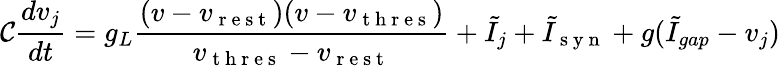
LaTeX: \mathcal{C}\frac{{dv_{j}}}{{dt}}=g_{L}\frac{{(v-v_{\mathrm{{~r~e~s~t~}}})(v-v_{\mathrm{{~t~h~r~e~s~}}})}}{{v_{\mathrm{{~t~h~r~e~s~}}}-v_{\mathrm{{~r~e~s~t~}}}}}+\tilde{{I}}_{j}+\tilde{{I}}_{\mathrm{{~s~y~n~}}}+g(\tilde{{I}}_{gap}-v_{j})